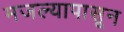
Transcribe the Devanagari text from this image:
मजल्यापासून